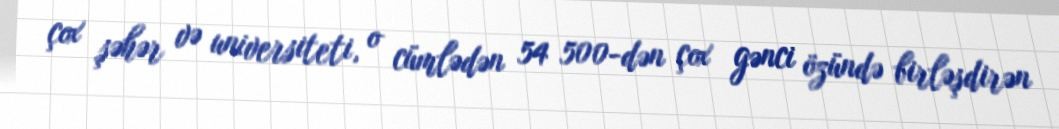
çox şəhər və universiteti, o cümlədən 54 500-dən çox gənci özündə birləşdirən